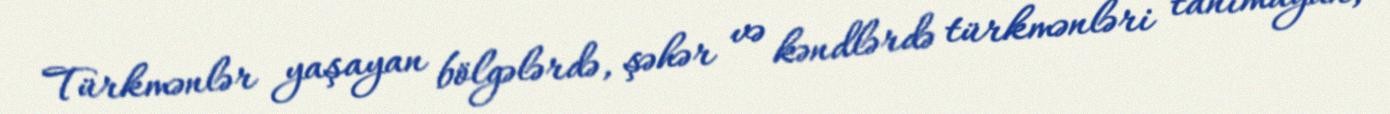
Türkmənlər yaşayan bölgələrdə, şəhər və kəndlərdə türkmənləri tanımayan,